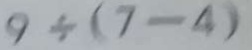
9 \div ( 7 - 4 )